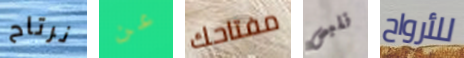
نرتاح عن مفتاحك نلبس للأرواح